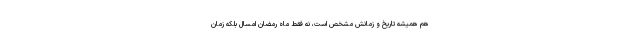
هم همیشه تاریخ و زمانش مشخص است، نه فقط ماه رمضان امسال بلکه زمان